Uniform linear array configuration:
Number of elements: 24
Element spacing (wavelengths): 0.25
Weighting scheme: binomial
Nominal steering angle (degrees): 0
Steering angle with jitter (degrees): -0.9203
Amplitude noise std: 0.05
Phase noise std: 0.05

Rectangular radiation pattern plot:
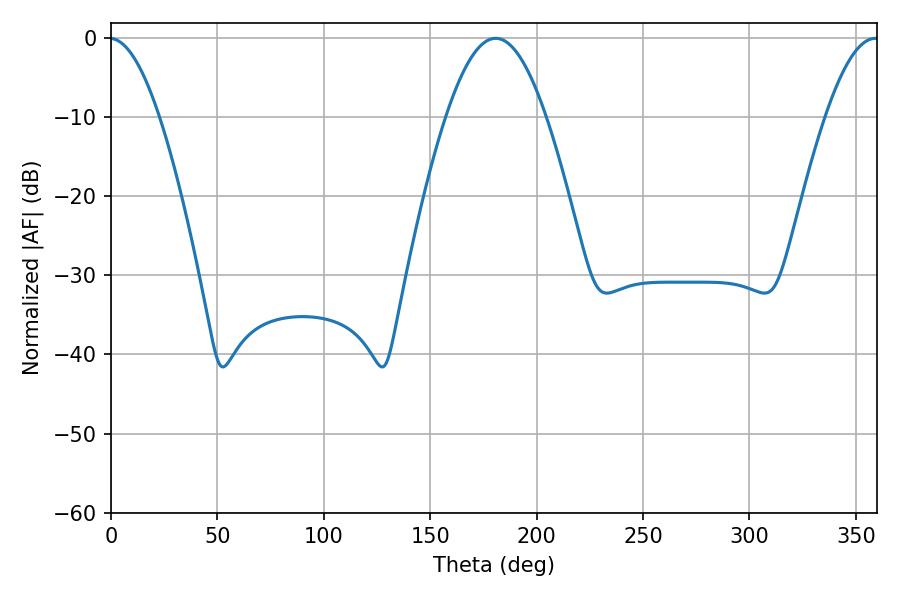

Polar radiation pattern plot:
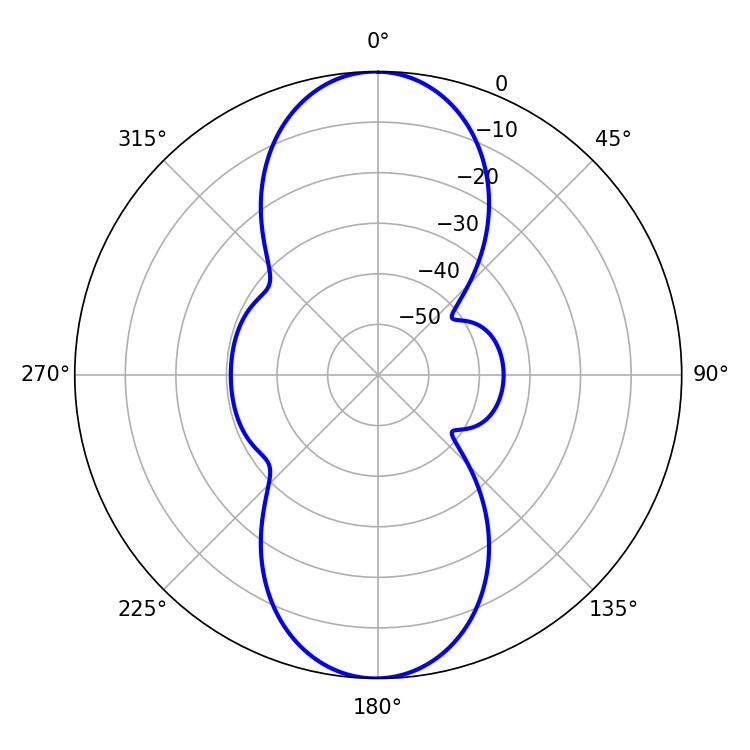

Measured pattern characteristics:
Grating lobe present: FALSE
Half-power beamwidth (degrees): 25.38
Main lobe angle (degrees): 180.72